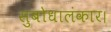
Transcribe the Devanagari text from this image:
सुबोधालंकार।